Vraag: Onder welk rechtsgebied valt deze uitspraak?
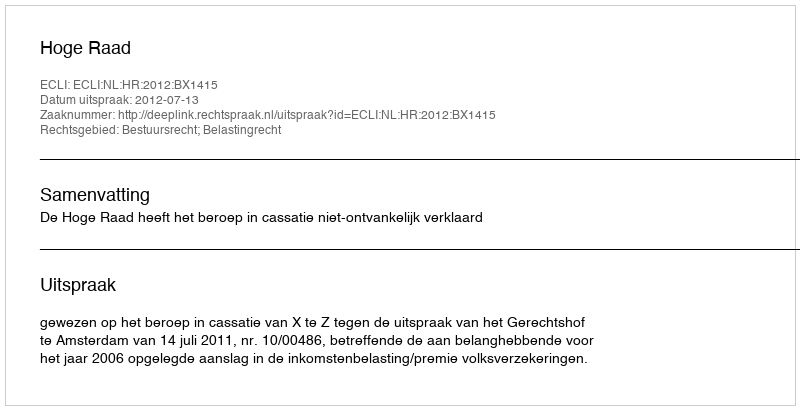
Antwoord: Bestuursrecht; Belastingrecht